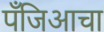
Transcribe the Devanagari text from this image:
पँजिआचा